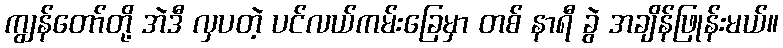
ကျွန်တော်တို့ အဲဒီ လှပတဲ့ ပင်လယ်ကမ်းခြေမှာ တစ် နာရီ ခွဲ အချိန်ဖြုန်းမယ်။